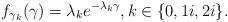
LaTeX: \begin{align*}f_{\gamma_k}(\gamma) = \lambda_{k} e^{- \lambda_{k} \gamma }, k \in\{0,1i,2i\}.\end{align*}